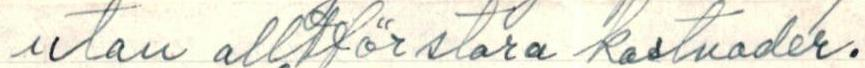
utan alltför stora kostnader.